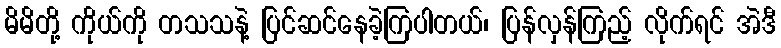
မိမိတို့ ကိုယ်ကို တသသနဲ့ ပြင်ဆင်နေခဲ့ကြပါတယ်၊ ပြန်လှန်ကြည့် လိုက်ရင် အဲဒီ